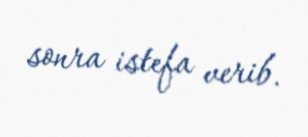
sonra istefa verib.